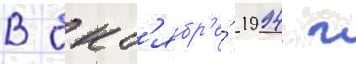
В окт'ябр'е́ 1994 г